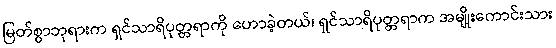
မြတ်စွာဘုရားက ရှင်သာရိပုတ္တရာကို ဟောခဲ့တယ်၊ ရှင်သာရိပုတ္တရာက အမျိုးကောင်းသား